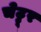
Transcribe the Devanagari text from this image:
चेट्टूर